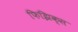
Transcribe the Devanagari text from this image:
फिझिक्स